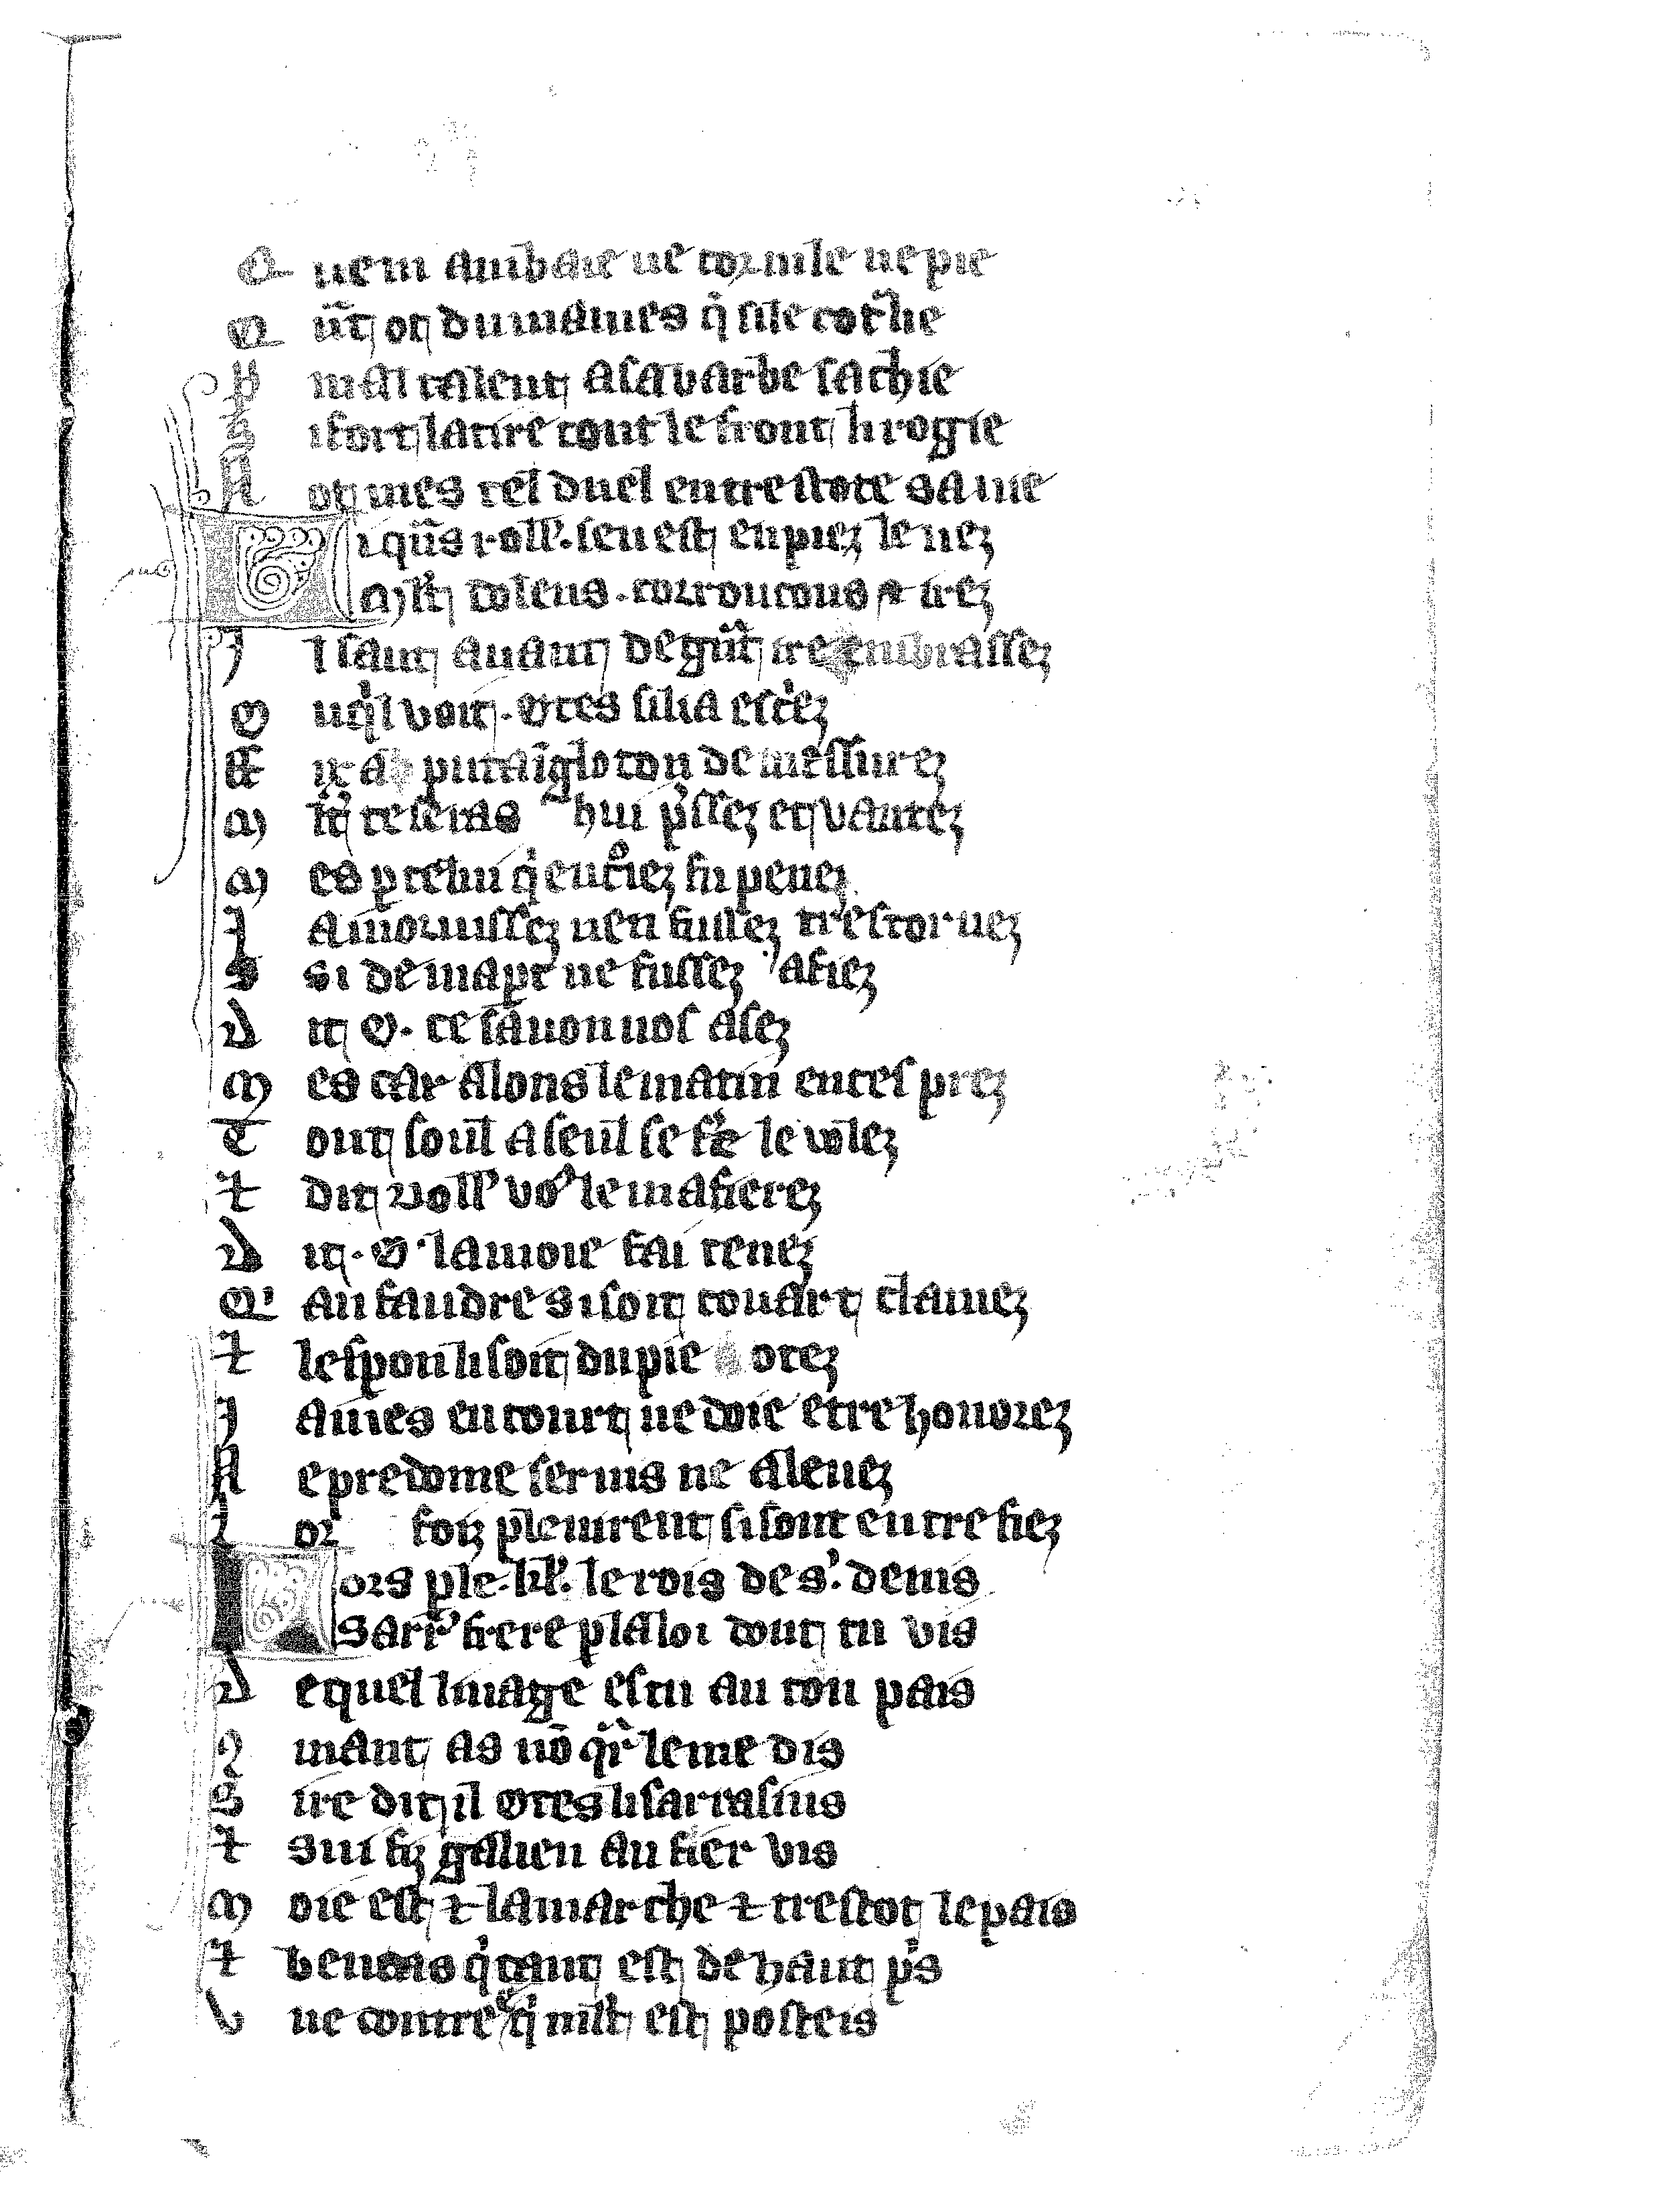
Shelfmark: Vatican, Biblioteca apostolica vaticana, Reg.lat. 1616
Century: 14